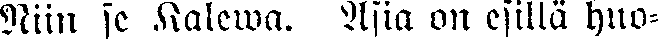
Niin se Kalewa. Asia on esillä huo-